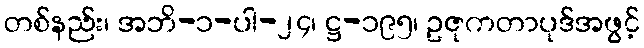
တစ်နည်း၊ အဘိ-၁-ပါ-၂၄၊ ဋ္ဌ-၁၉၅၊ ဥဇုကတာပုဒ်အဖွင့်